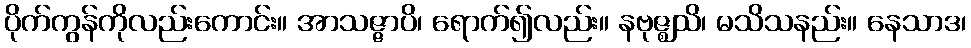
ပိုက်ကွန်ကိုလည်းကောင်း။ အာသဇ္ဇာပိ၊ ရောက်၍လည်း။ နဗုဇ္ဈသိ၊ မသိသနည်း။ နေသာဒ၊